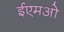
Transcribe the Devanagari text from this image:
ईएमओ